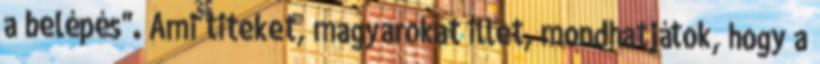
a belépés". Ami titeket, magyarokat illet, mondhatjátok, hogy a